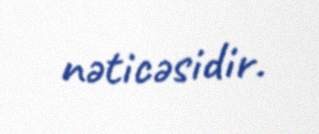
nəticəsidir.